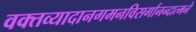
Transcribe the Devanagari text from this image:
वक्तव्यादानगमनविसर्गानन्दात्मने